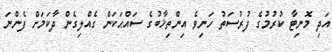
އަދި މޮނިޓާ ކުރުމުގެ ފުރުސަތު ހަނިވެ އިންތިޚާބުގެ ސައްޙަކަން ގެއްލިގެން ދާކަމަށް ފެންނަ